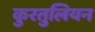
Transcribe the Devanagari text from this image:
कुरतुलियन